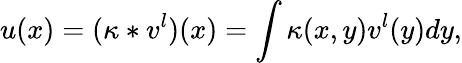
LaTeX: u(x)=(\kappa\ast v^{l})(x)=\int\kappa(x,y)v^{l}(y)dy,